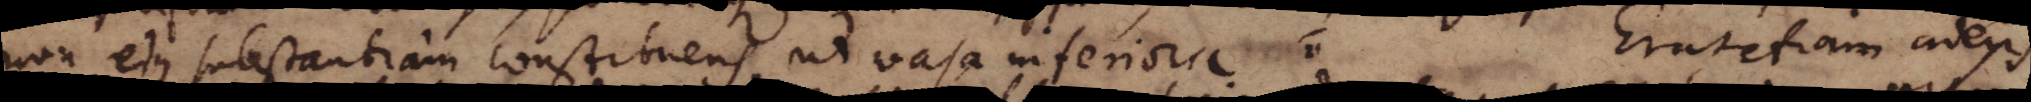
non ejus substantiam constituens, ut vasa inferiora. Erat etiam adeps